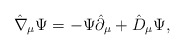
\begin{align*}\hat{\nabla}_{\mu}\Psi=-\Psi\hat{\partial}_{\mu}+\hat{D}_{\mu}\Psi,\end{align*}